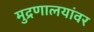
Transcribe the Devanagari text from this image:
मुद्रणालयांवर